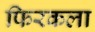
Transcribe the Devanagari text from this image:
फिरकला